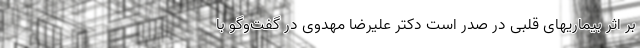
بر اثر بیماریهای قلبی در صدر است دکتر علیرضا مهدوی در گفت‌وگو با